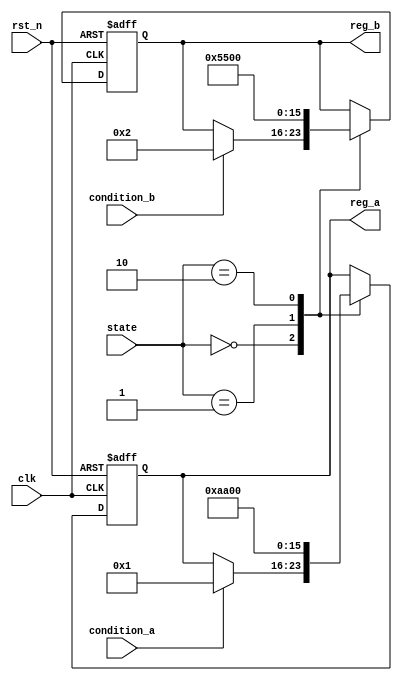
module ConditionalInitialization #(
    parameter INIT_VALUE_A = 8'h00,
    parameter INIT_VALUE_B = 8'hFF,
    parameter STATE_NORMAL = 2'b00,
    parameter STATE_TEST = 2'b01,
    parameter STATE_IDLE = 2'b10
)(
    input wire clk,
    input wire rst_n,           // Active low reset
    input wire [1:0] state,    // Current state of the system
    input wire condition_a,     // Condition for initializing register A
    input wire condition_b,     // Condition for initializing register B
    output reg [7:0] reg_a,     // Register A
    output reg [7:0] reg_b      // Register B
);

// Sequential block for initialization
always @(posedge clk or negedge rst_n) begin
    if (!rst_n) begin
        // Reset: Initialize registers to their default values
        reg_a <= INIT_VALUE_A;
        reg_b <= INIT_VALUE_B;
    end else begin
        // Conditional Initialization based on state and input conditions
        case (state)
            STATE_NORMAL: begin
                if (condition_a) begin
                    reg_a <= 8'h01;  // Example initialization value for reg_a
                end
                if (condition_b) begin
                    reg_b <= 8'h02;  // Example initialization value for reg_b
                end
            end

            STATE_TEST: begin
                reg_a <= 8'hAA;  // Initialize reg_a for test mode
                reg_b <= 8'h55;  // Initialize reg_b for test mode
            end

            STATE_IDLE: begin
                // Optionally provide idle state initialization
                reg_a <= 8'h00;  // Reset reg_a in idle state
                reg_b <= 8'h00;  // Reset reg_b in idle state
            end

            default: begin
                // Default case can be handled here
                reg_a <= reg_a;  // Maintain current value
                reg_b <= reg_b;  // Maintain current value
            end
        endcase
    end
end

endmodule